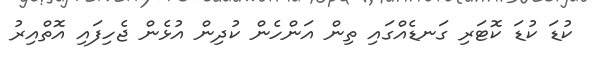
ކުޑަ ކުޑަ ކޮޓަރި ގަނޑެއްގައި ތިން އަންހެން ކުދިން އުޅެން ޖެހިފައި އޮތްއިރު